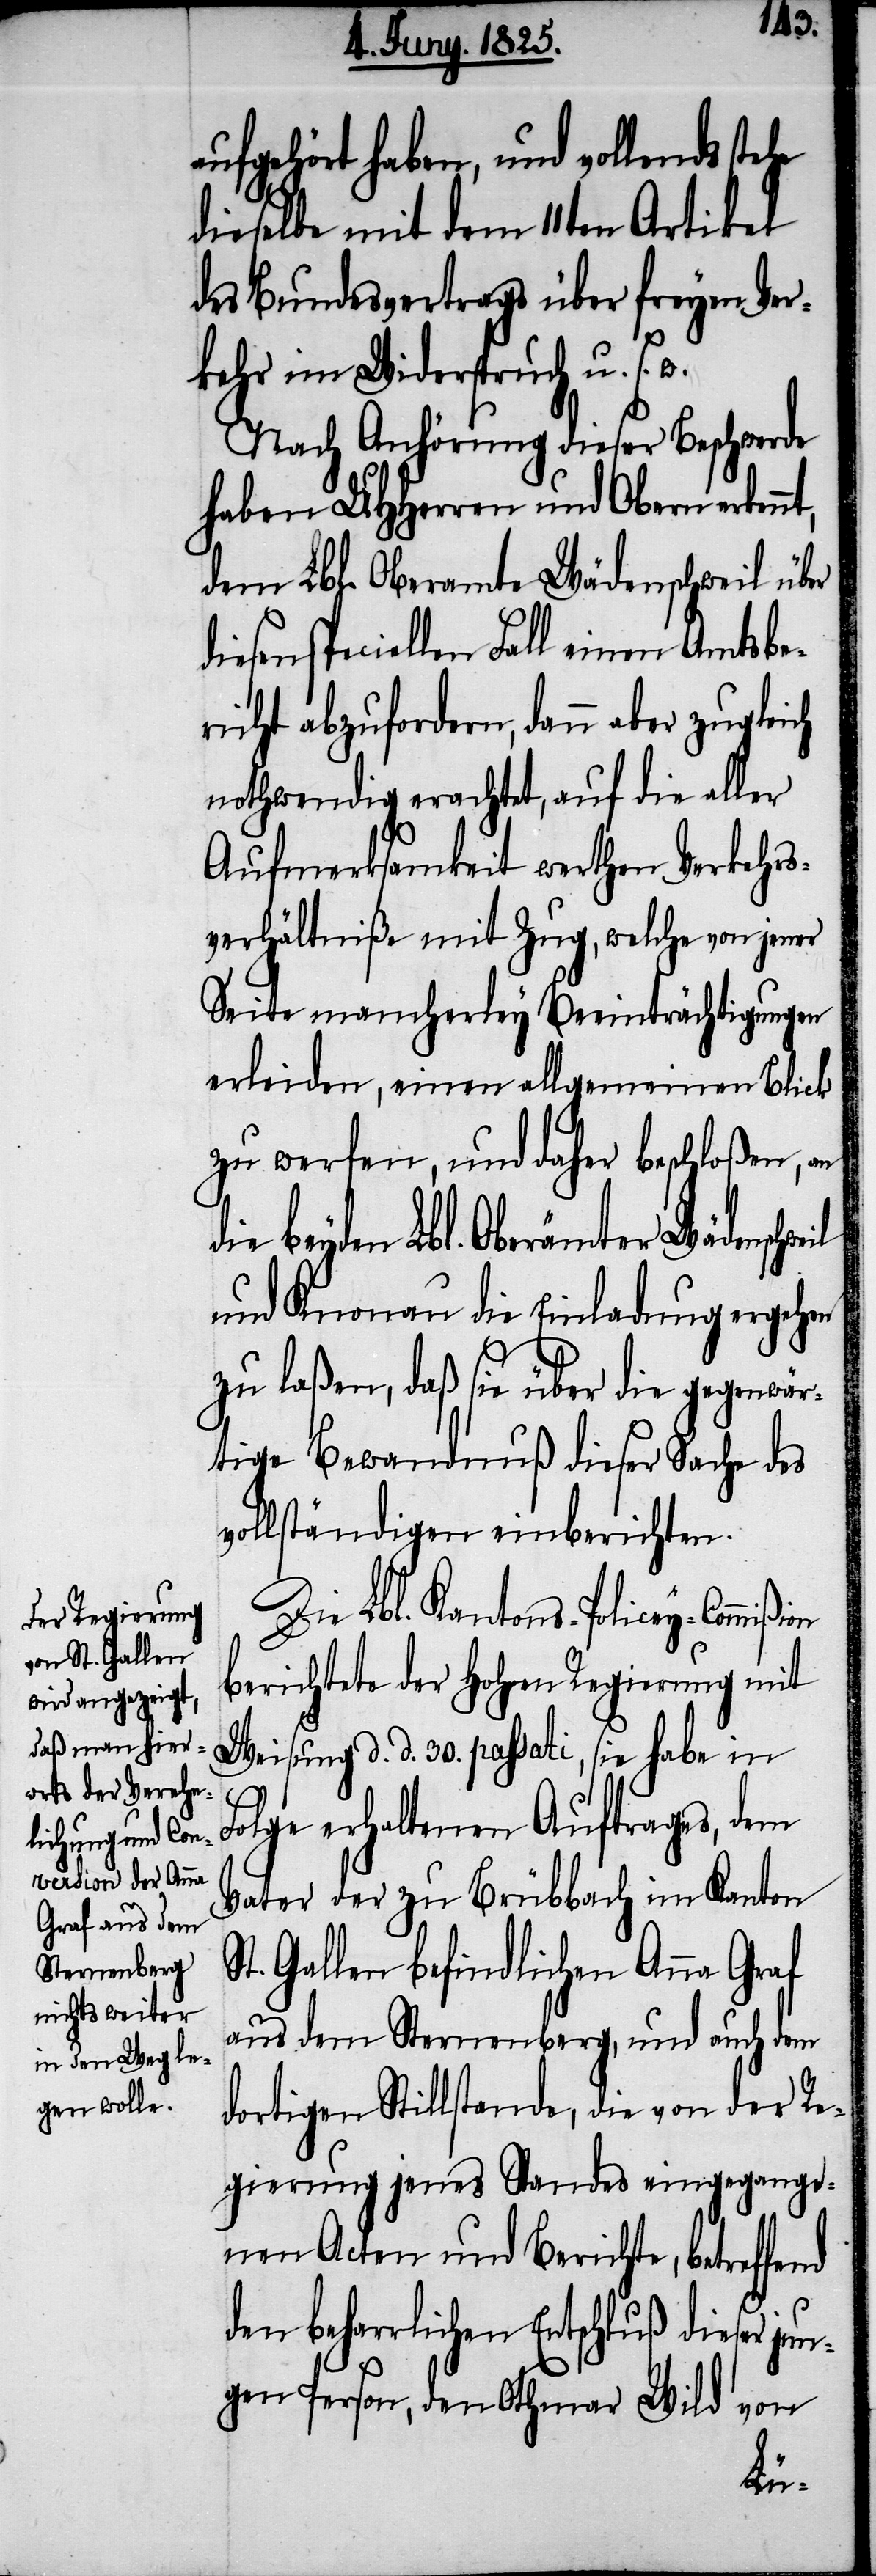
die Regierung
Schönenberg
gen solle.

aufgehört haben, und vollends stehe
dieselbe mit dem 11ten Artikel
des Bundesvertrags über freyen Ver¬
kehr im Widerspruch u. s. w.
Nach Anhörung dieser Beschwerde
haben UHHerren und Obern erkennt,
dem Lbl. Oberamte Wädenschweil über
sen speciellen Fall einen Amtsbe¬
richt abzufordern, dann aber zugleich
nothwendig erachtet, auf die aller
Aufmerksamkeit werthen Verkehrs¬
verhältniße mit Zug, welche von jener
Seite mancherley Beeinträchtigungen
erleiden, einen allgemeinen Blick
zu werfen, und daher beschloßen, an
die beyden Lbl. Oberämter Wädenschweil
und Knonau die Einladung ergehen
zu laßen, daß sie über die gegenwär¬
tige Bewandnuß dieser Sache des
vollständigen einberichten.
Die Lbl. Kantons-Policey-Commi¬
berichtete der Hohen Regierung mit
Weisung d. d. 30. passati, sie habe in
Folge erhaltenen Auftrages, dem
Vater der zu Brübbach im Kanton
St. Gallen befindlichen Anna Graf
aus dem Sternenberg, und auch dem
dortigen Stillstande, die von der Re¬
gierung jenes Standes eingegange¬
nen Acten und Berichte, betref¬
den beharrlichen Entschluß dieser ju¬
ngen Person, den Othmar Wild von
fend